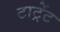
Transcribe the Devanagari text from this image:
टाट्रेंट